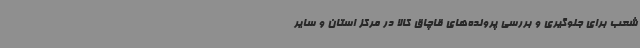
شعب برای جلوگیری و بررسی پرونده‌های قاچاق کالا در مرکز استان و سایر